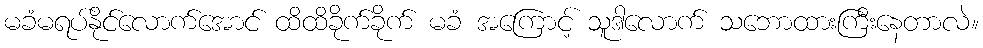
မခံမရပ်နိုင်လောက်အောင် ထိထိခိုက်ခိုက် မခံ အကြောင့် သူဒါလောက် သဘောထားကြီးနေတာလဲ။